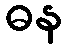
ဓန